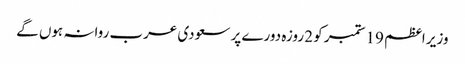
وزیر اعظم 19 ستمبر کو 2 روزہ دورے پر سعودی عرب روانہ ہوں گے